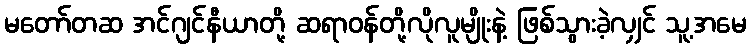
မတော်တဆ အင်ဂျင်နီယာတို့ ဆရာဝန်တို့လိုလူမျိုးနဲ့ ဖြစ်သွားခဲ့လျှင် သူ့အမေ